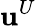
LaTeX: {\mathbf u}^{U}